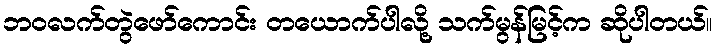
ဘဝလက်တွဲဖော်ကောင်း တယောက်ပါလို့ သက်မွန်မြင့်က ဆိုပါတယ်။